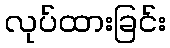
လုပ်ထားခြင်း